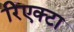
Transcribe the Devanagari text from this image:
रिएक्टा